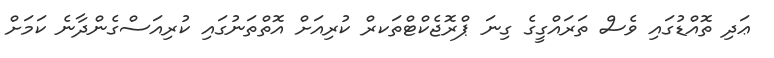
ޢަދި ތޮއްޑުގައި ވެސް ތަރައްގީގެ ގިނަ ޕްރޮޖެކްޓްތަކރް ކުރިއަށް އޮތްތަނުގައި ކުރިއަސްގެންދާނެ ކަމަށް